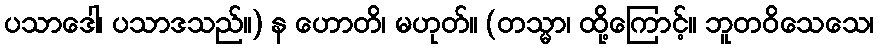
ပသာဒေါ၊ ပသာဒသည်။) န ဟောတိ၊ မဟုတ်။ (တသ္မာ၊ ထို့ကြောင့်။ ဘူတဝိသေသေ၊